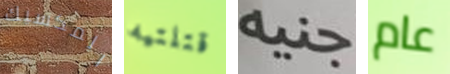
المكسيك قتلتيه جنيه عام